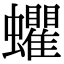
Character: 蠷